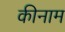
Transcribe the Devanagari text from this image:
कीनाम